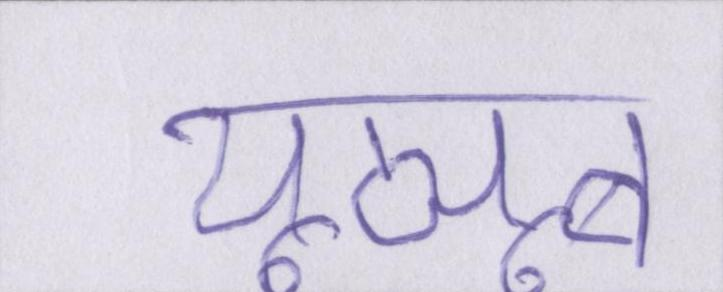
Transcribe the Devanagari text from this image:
यूट्यूब